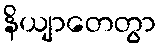
နိယျာတေတွာ